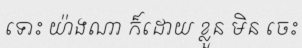
ទោះ យ៉ាងណា ក៏ដោយ ខ្លួន មិន ចេះ